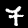
Digit: 7